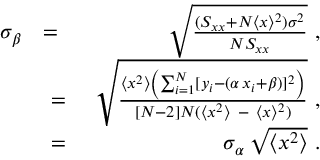
\begin{array} { r l r } { \sigma _ { \beta } } & { = } & { \sqrt { { \frac { ( S _ { x x } + N \langle { x } \rangle ^ { 2 } ) \sigma ^ { 2 } } { N \/ S _ { x x } } } } \ , } \\ & { \ = \ } & { \sqrt { { { \frac { \langle { x } ^ { 2 } \rangle \left( \sum _ { i = 1 } ^ { N } [ y _ { i } - ( \alpha \, x _ { i } + \beta ) ] ^ { 2 } \right) } { [ N - 2 ] N ( \langle { x } ^ { 2 } \rangle \ - \ \langle { x } \rangle ^ { 2 } ) } } } } \ , } \\ & { \ = \ } & { \sigma _ { \alpha } \, \sqrt { \langle { x } ^ { 2 } \rangle } \ . } \end{array}